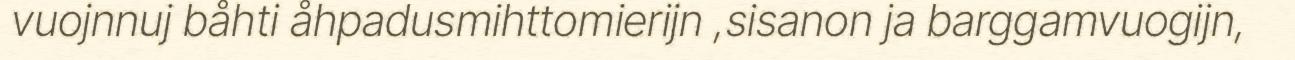
vuojnnuj båhti åhpadusmihttomierijn ,sisanon ja barggamvuogijn,